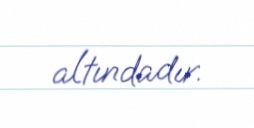
altındadır.